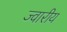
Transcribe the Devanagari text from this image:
ज्‍वारीय